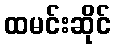
ထမင်းဆိုင်